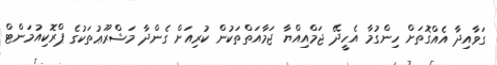
ގަވާއިދާ އެއްގޮތަށް ހިންގުމާ އެހީދޭ ޖަމްއިއްޔާ ޖަމާއަތްތަކުން ކުރިއަށް ގެންދާ މަޝްރޫޢުތަކުގެ ޕްރޮކިއުމަންޓް